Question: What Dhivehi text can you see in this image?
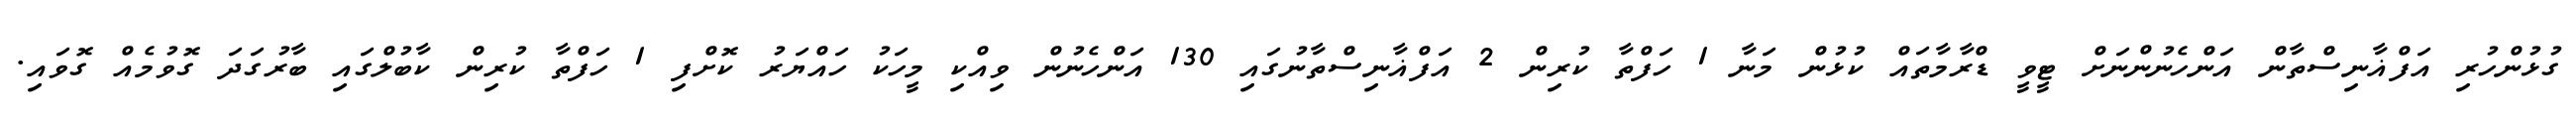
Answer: ގުޅުންހުރި އަފްޣާނިސްތާން އަންހެނުންނަށް ޓީވީ ޑްރާމާތައް ކުޅުން މަނާ 1 ހަފްތާ ކުރިން 2 އަފްޣާނިސްތާނުގައި 130 އަންހެނުން ވިއްކި މީހަކު ހައްޔަރު ކޮށްފި 1 ހަފްތާ ކުރިން ކާބުލްގައި ބާރުގަދަ ގޮވުމެއް ގޮވައި.